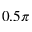
0 . 5 \pi